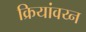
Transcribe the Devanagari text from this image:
क्रियांवय्न